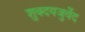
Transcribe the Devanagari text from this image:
शुक्दयजुर्वेद